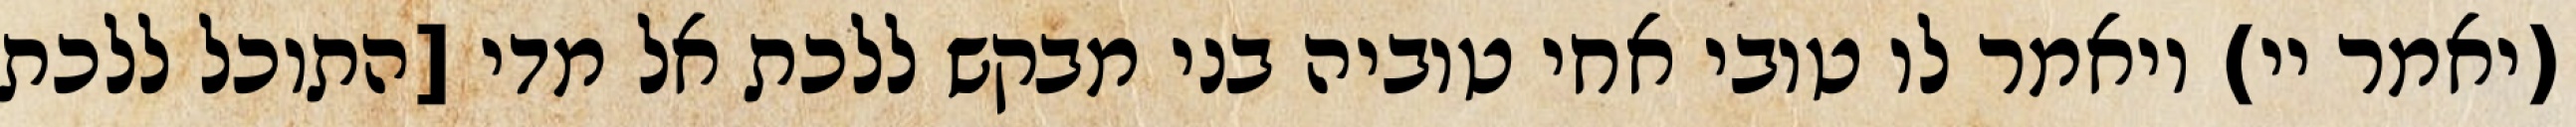
(יאמר יי) ויאמר לו טובי אחי טוביה בני מבקש ללכת אל מדי [התוכל ללכת